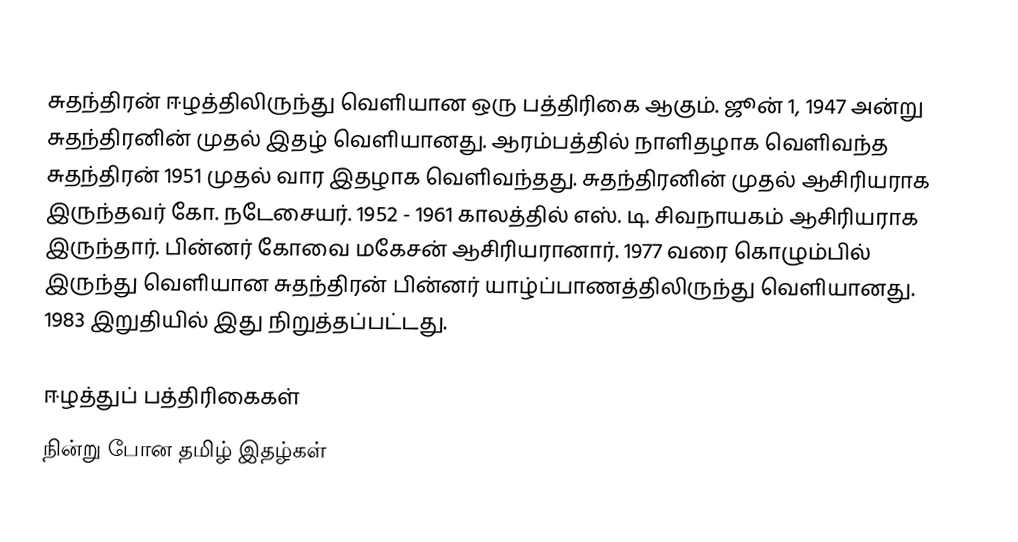
சுதந்திரன் ஈழத்திலிருந்து வெளியான ஒரு பத்திரிகை ஆகும். ஜூன் 1, 1947 அன்று சுதந்திரனின் முதல் இதழ் வெளியானது. ஆரம்பத்தில் நாளிதழாக வெளிவந்த சுதந்திரன் 1951 முதல் வார இதழாக வெளிவந்தது. சுதந்திரனின் முதல் ஆசிரியராக இருந்தவர் கோ. நடேசையர். 1952 - 1961 காலத்தில் எஸ். டி. சிவநாயகம் ஆசிரியராக இருந்தார். பின்னர் கோவை மகேசன் ஆசிரியரானார். 1977 வரை கொழும்பில் இருந்து வெளியான சுதந்திரன் பின்னர் யாழ்ப்பாணத்திலிருந்து வெளியானது. 1983 இறுதியில் இது நிறுத்தப்பட்டது.

ஈழத்துப் பத்திரிகைகள்
நின்று போன தமிழ் இதழ்கள்